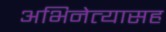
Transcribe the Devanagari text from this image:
अभिनेत्यासह